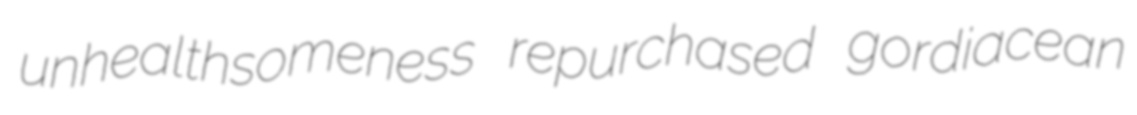
unhealthsomeness repurchased gordiacean